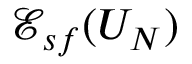
{ \mathscr E } _ { s f } ( U _ { N } )